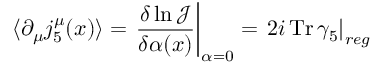
\langle \partial _ { \mu } j _ { 5 } ^ { \mu } ( x ) \rangle = \left. \frac { \delta \ln { \mathcal J } } { \delta \alpha ( x ) } \right| _ { \alpha = 0 } = \left. 2 i \, \mathrm { T r } \, \gamma _ { 5 } \right| _ { r e g }